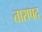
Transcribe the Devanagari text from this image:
तारापद